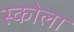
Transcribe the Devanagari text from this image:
स्कोला